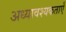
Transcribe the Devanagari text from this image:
अध्यावश्यकताएँ